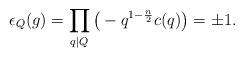
LaTeX: \begin{align*}\epsilon_Q(g)=\prod_{q\mid Q}\big(-q^{1-\frac{n}{2} } c(q)\big) =\pm 1.\end{align*}